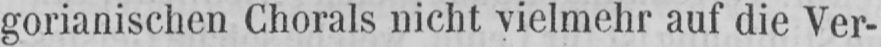
gorianischen Chorals nicht vielmehr auf die Ver-